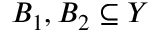
B _ { 1 } , B _ { 2 } \subseteq Y